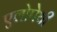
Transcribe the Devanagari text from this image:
एलोपेथी